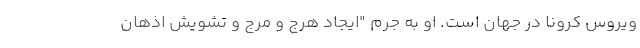
ویروس کرونا در جهان است. او به جرم "ایجاد هرج و مرج و تشویش اذهان